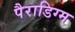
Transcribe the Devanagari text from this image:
पैराडिग्म